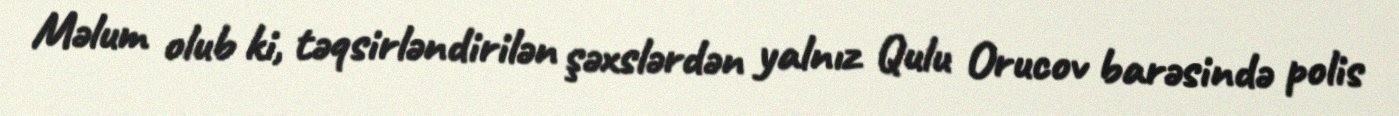
Məlum olub ki, təqsirləndirilən şəxslərdən yalnız Qulu Orucov barəsində polis